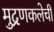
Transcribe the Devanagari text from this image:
मुद्रणकलेची